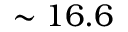
\sim 1 6 . 6